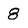
Character: 8